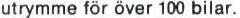
utrymme för över 100 bilar.